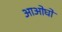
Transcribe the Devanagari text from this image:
आओघो